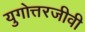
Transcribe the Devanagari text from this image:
युगोत्तरजीवी